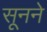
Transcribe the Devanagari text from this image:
सूनने